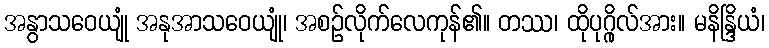
အနွာသဝေယျုံ အနုအာသဝေယျုံ၊ အစဉ်လိုက်လေကုန်၏။ တဿ၊ ထိုပုဂ္ဂိုလ်အား။ မနိန္ဒြိယံ၊